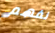
نفهم